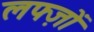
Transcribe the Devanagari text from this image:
लफ्ज़ों